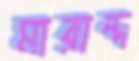
মারান্দ